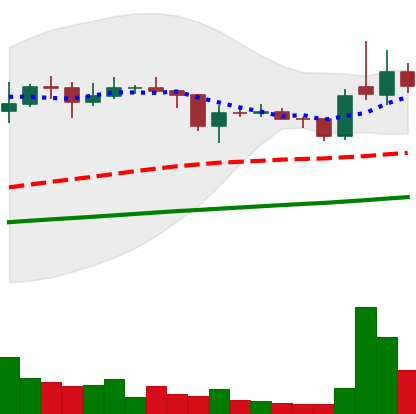
Ticker: XLM-USD
Chart end date: 2021-01-31
Forward return: 14.362%
Label: up_7plus